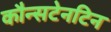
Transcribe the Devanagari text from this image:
कौन्सटेनटिन